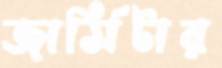
জার্সিটার